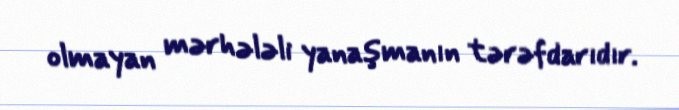
olmayan mərhələli yanaşmanın tərəfdarıdır.